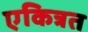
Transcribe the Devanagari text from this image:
एकित्रत